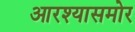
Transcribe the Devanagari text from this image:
आरश्यासमोर